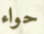
حواء